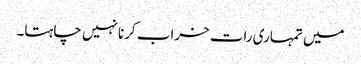
میں تمہاری رات خراب کرنا نہیں چاہتا۔